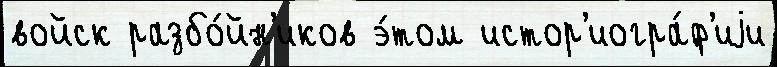
войск разбо́йн'иков э́том истор'иогра́ф'иjи